Report of the Indian Hemp Drugs Commission, 1894-1895 - Volume I
Year: 1894
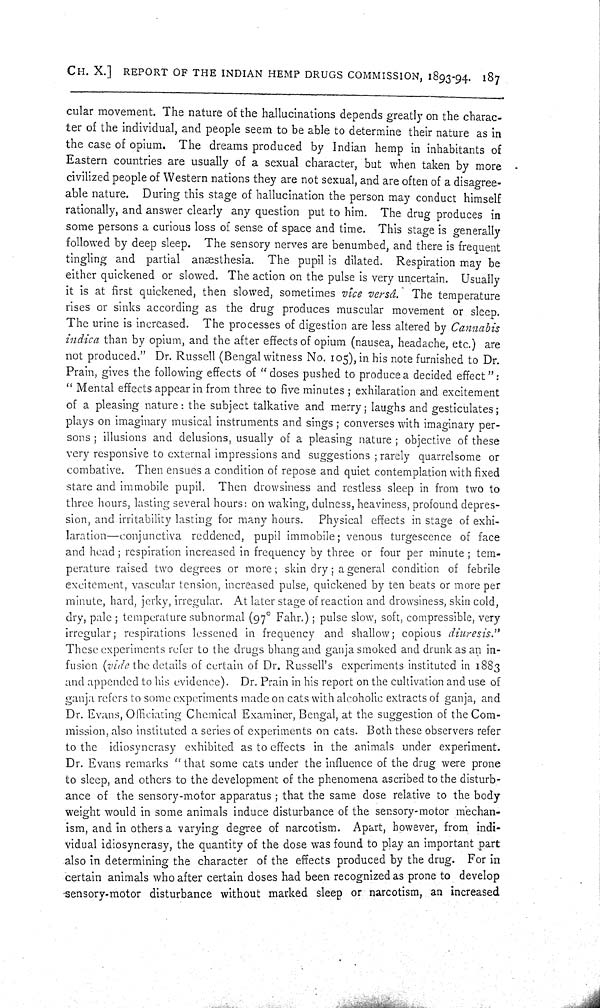
CH. X.] REPORT OF THE INDIAN HEMP DRUGS COMMISSION, 1893-94. 187
cular movement. The nature of the hallucinations depends greatly on the charac-
ter of the individual, and people seem to be able to determine their nature as in
the case of opium. The dreams produced by Indian hemp in inhabitants of
Eastern countries are usually of a sexual character, but when taken by more
civilized people of Western nations they are not sexual, and are often of a disagree-
able nature. During this stage of hallucination the person may conduct himself
rationally, and answer clearly any question put to him. The drug produces in
some persons a curious loss of sense of space and time. This stage is generally
followed by deep sleep. The sensory nerves are benumbed, and there is frequent
tingling and partial anæsthesia. The pupil is dilated. Respiration may be
either quickened or slowed. The action on the pulse is very uncertain. Usually
it is at first quickened, then slowed, sometimes vice versâ. The temperature
rises or sinks according as the drug produces muscular movement or sleep.
The urine is increased. The processes of digestion are less altered by Cannabis
indica than by opium, and the after effects of opium (nausea, headache, etc.) are
not produced." Dr. Russell (Bengal witness No. 105), in his note furnished to Dr.
Prain, gives the following effects of "doses pushed to produce a decided effect":
"Mental effects appear in from three to five minutes; exhilaration and excitement
of a pleasing nature: the subject talkative and merry; laughs and gesticulates;
plays on imaginary musical instruments and sings; converses with imaginary per-
sons; illusions and delusions, usually of a pleasing nature; objective of these
very responsive to external impressions and suggestions; rarely quarrelsome or
combative. Then ensues a condition of repose and quiet contemplation with fixed
stare and immobile pupil. Then drowsiness and restless sleep in from two to
three hours, lasting several hours: on waking, dulness, heaviness, profound depres-
sion, and irritability lasting for many hours. Physical effects in stage of exhi-
laration—conjunctiva reddened, pupil immobile; venous turgescence of face
and head; respiration increased in frequency by three or four per minute; tem-
perature raised two degrees or more; skin dry; a general condition of febrile
excitement, vascular tension, increased pulse, quickened by ten beats or more per
minute, hard, jerky, irregular. At later stage of reaction and drowsiness, skin cold,
dry, pale; temperature subnormal (97° Fahr.); pulse slow, soft, compressible, very
irregular; respirations lessened in frequency and shallow; copious diuresis."
These experiments refer to the drugs bhang and ganja smoked and drunk as an in-
fusion (vide the details of certain of Dr. Russell's e xperiments instituted in 1883
and appended to his evidence). Dr. Prain in his report on the cultivation and use of
ganja refers to some experiments made on cats with alcoholic extracts of ganja, and
Dr. Evans, Officiating Chemical Examiner, Bengal, at the suggestion of the Com-
mission, also instituted a series of experiments on cats. Both these observers refer
to the idiosyncrasy exhibited as to effects in the animals under experiment.
Dr. Evans remarks "that some cats under the influence of the drug were prone
to sleep, and others to the development of the phenomena ascribed to the disturb-
ance of the sensory-motor apparatus; that the same dose relative to the body
weight would in some animals induce disturbance of the sensory-motor mechan-
ism, and in others a varying degree of narcotism. Apart, however, from indi-
vidual idiosyncrasy, the quantity of the dose was found to play an important part
also in determining the character of the effects produced by the drug. For in
certain animals who after certain doses had been recognized as prone to develop
sensory-motor disturbance without marked sleep or narcotism, an increased